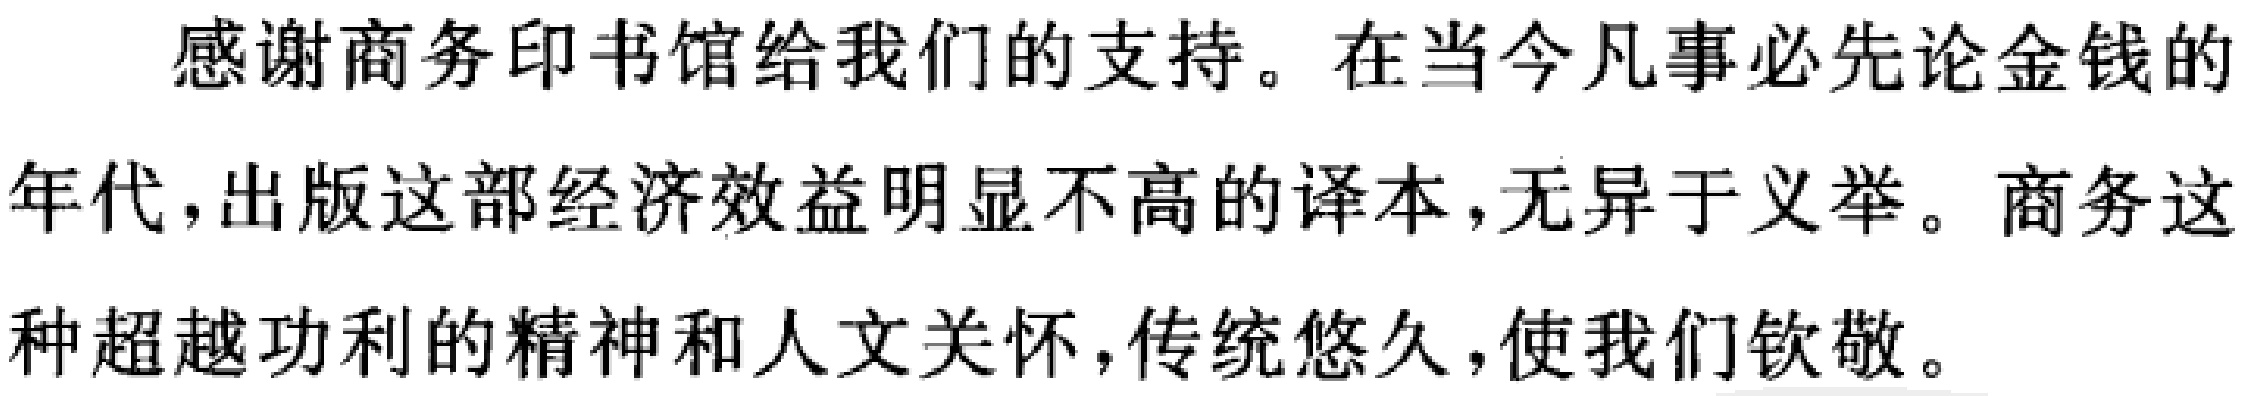
感谢商务印书馆给我们的支持。在当今凡事必先论金钱的年代，出版这部经济效益明显不高的译本，无异于义举。商务这种超越功利的精神和人文关怀，传统悠久，使我们钦敬。